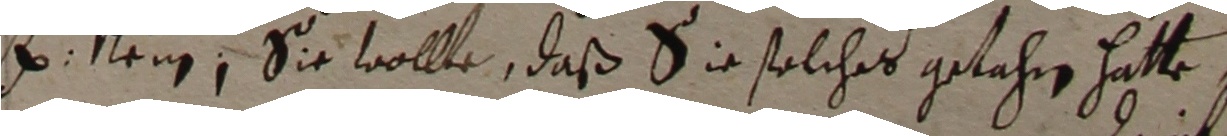
lenn, sie wolle, daß sie solches getahren hatte,